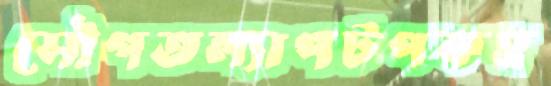
সৌগতল্যাপটপকহ